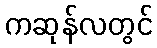
ကဆုန်လတွင်